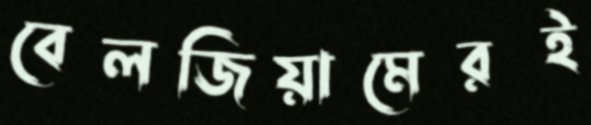
বেলজিয়ামেরই